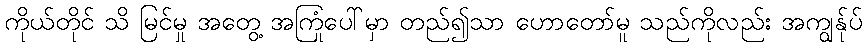
ကိုယ်တိုင် သိ မြင်မှု အတွေ့ အကြုံပေါ်မှာ တည်၍သာ ဟောတော်မူ သည်ကိုလည်း အကျွန်ုပ်